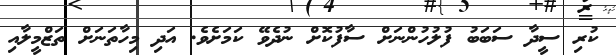
ކުރި ސީދާ ސަބަބު ފުލުހުންނަށް ސާފުކޮށް ނުދެވޭ ކަމަށެވެ. އަދި މިހާތަނަށް ތަޒްމީލާއި